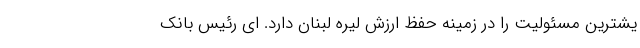
یشترین مسئولیت را در زمینه حفظ ارزش لیره لبنان دارد. ای رئیس بانک